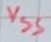
Text: VSS